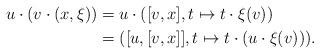
LaTeX: \begin{align*}u\cdot (v\cdot (x,\xi)) &= u\cdot ([v,x],t \mapsto t\cdot \xi(v) )\\&=([u,[v,x]], t\mapsto t \cdot (u\cdot \xi(v)) ).\end{align*}